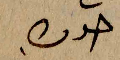
خوك.